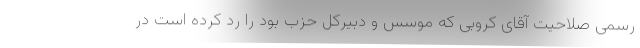
رسمی صلاحیت آقای کروبی که موسس و دبیرکل حزب بود را رد کرده است در